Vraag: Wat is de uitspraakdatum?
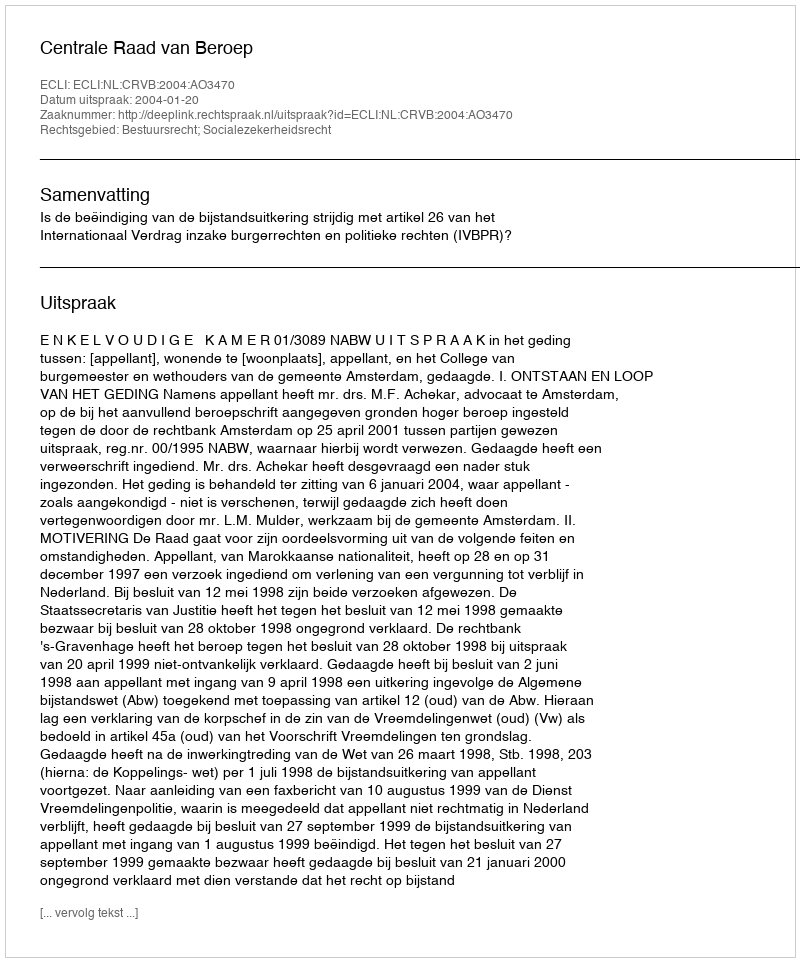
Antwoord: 2004-01-20